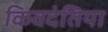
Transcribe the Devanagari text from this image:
किवदंतिया